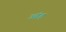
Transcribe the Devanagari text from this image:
आंड़